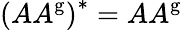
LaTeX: \left(AA^{\mathrm{g}}\right)^{*}=AA^{\mathrm{g}}